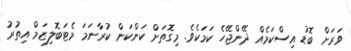
ވަރަށް ބޮޑު އިސްކަމެއް ދޭންޖޭހެ ކަމަކެވެ. މިގޮތަށް ކަންކަން ކުރާނަމަ މެޓަބޮލިޒަމް އިތުރު